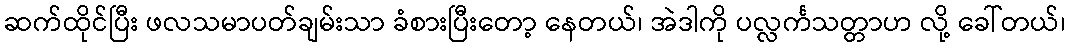
ဆက်ထိုင်ပြီး ဖလသမာပတ်ချမ်းသာ ခံစားပြီးတော့ နေတယ်၊ အဲဒါကို ပလ္လင်္ကသတ္တာဟ လို့ ခေါ်တယ်၊